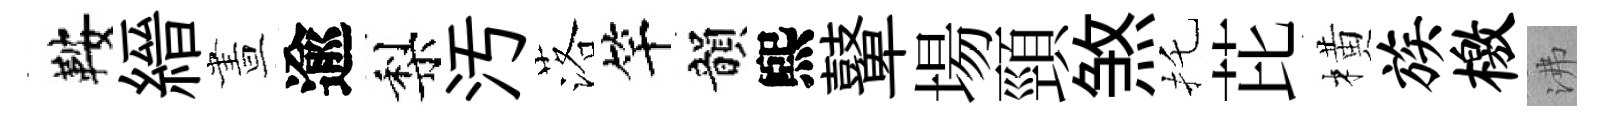
鞍縉晝逾梨汚落竿韻煕鼙場頸煞托芘橫族檄沸